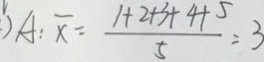
) A : \overline { x } = \frac { 1 + 2 + 3 + 4 + 5 } { 5 } = 3